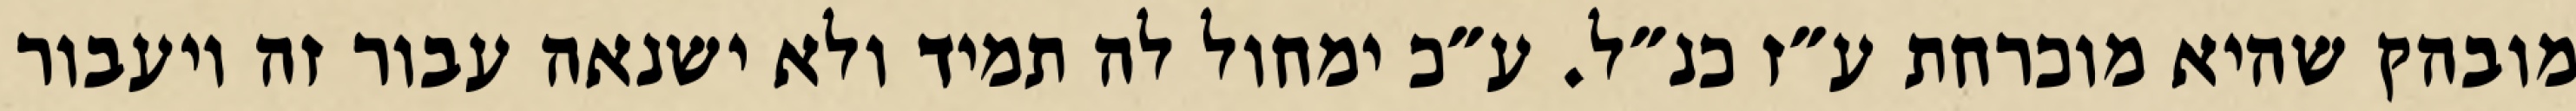
מובהק שהיא מוכרחת ע״ז כנ״ל. ע״כ ימחול לה תמיד ולא ישנאה עבור זה ויעבור